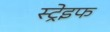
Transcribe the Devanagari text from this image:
स्ट्रेइफ